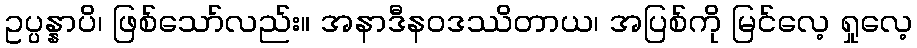
ဥပ္ပန္နာပိ၊ ဖြစ်သော်လည်း။ အနာဒီနဝဒဿိတာယ၊ အပြစ်ကို မြင်လေ့ ရှုလေ့